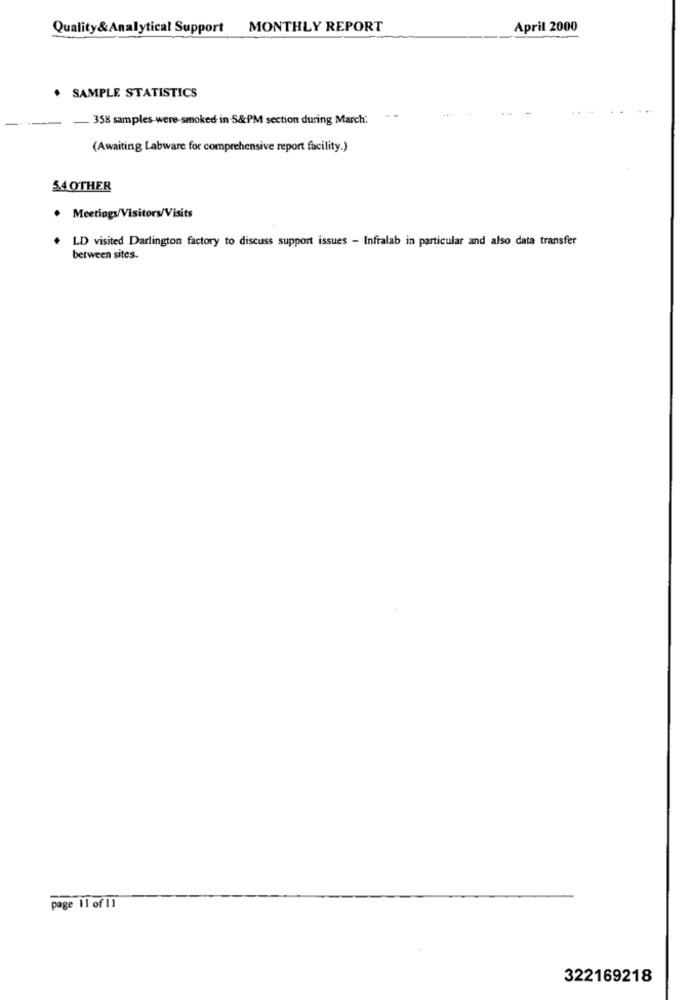
Quality&Analytical Support MONTHLY REPORT
April 2000
. SAMPLE STATISTICS
. 358 samples were-smoked in S&PM section during March.
(Awaiting Labware for comprehensive report facility.)
54 OTHER
. Meetings/Visitors/Visits
LD visited Darlington factory to discuss support issues - Infralab in particular and also data transfer
between sites.
page 11 of 11
322169218